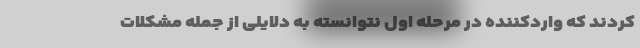
کردند که واردکننده در مرحله‌ اول نتوانسته به دلایلی از جمله مشکلات